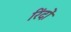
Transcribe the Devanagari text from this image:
रिंदों